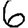
Digit: 6